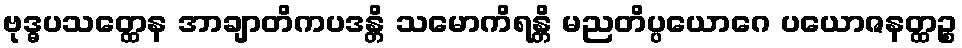
ဗုဒ္ဓပသတ္ထေန အာချာတိကပဒန္တိ သမောကိရန္တိ မညတိပ္ပယောဂေ ပယောဇနတ္ထဉ္စ